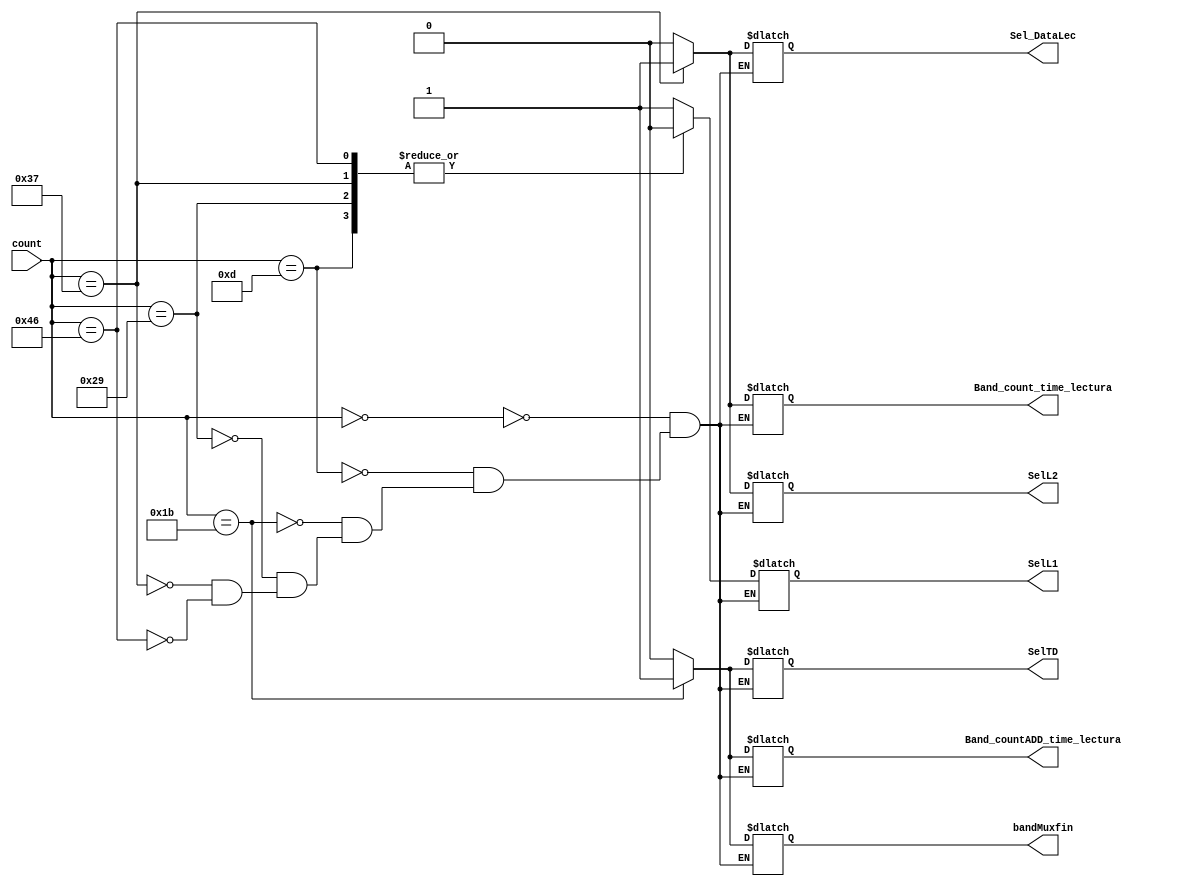
`timescale 1ns / 1ps
//////////////////////////////////////////////////////////////////////////////////
// Company: 
// Engineer: 
// 
// Design Name: 
// Module Name:    Deco_FSM_lectura 
// Project Name: 
// Target Devices: 
// Tool versions: 
// Description: 
//
// Dependencies: 
//
// Revision: 
// Revision 0.01 - File Created
// Additional Comments: 
//
//////////////////////////////////////////////////////////////////////////////////
module Deco_FSM_lectura
(
input [6:0] count,
//input reset,
//input EnR, 
output SelL1,//Para el control del mdulo Mux encontrado en el exterior
output  SelL2,
output  Band_countADD_time_lectura,//habilitara el contador que establece los parmetros de AD/CS/WR/RD/ para ADD
output  Band_count_time_lectura,//Establece los parametros de AD/CS/WR/RD/ para lectura
output  Sel_DataLec,//Manda configuracion de RD,CS,WR Y AD a RTC para leer
//output  MuxTrans,
//output MuxTransOut,
output  SelTD,//selecciona tiempos de direccion
output bandMuxfin);
//output  Count_Transfer);

reg  SelL1act,Band_countADD_time_lecturaact, SelTDact,Band_count_time_lecturaact,Sel_DataLecact,SelL2act;
reg 	MuxTransOutact;
reg bandMuxfinac;
 /*  
always@*
if (reset) begin
			Band_countADD_time_lecturaact = 0;
			SelTDact = 1'b0;
			SelL1act = 1'b0;
			Band_count_time_lecturaact = 1'b0;
			Sel_DataLecact= 1'b0; 
			SelL2act = 1'b0;
			Count_Transferact = 1'b0;end
*/
always@*
begin
	case(count)
	////Aqui se ejecuta el comando de transferencia///
			7'd0: begin
						//Count_Transferact <= 1'b1;
						//MuxTransact <= 1'b1;
						SelL1act <= 1'b1;
						//MuxTransOutact <=1'b1;
						Band_countADD_time_lecturaact <= 1'b0;
						SelTDact <= 1'b0;
						Band_count_time_lecturaact <= 1'b0;
						Sel_DataLecact<= 1'b0; 
						SelL2act <= 1'b0;
							bandMuxfinac<=1'b0;
						end
					
			7'd13:
				begin
						//Count_Transferact <= 1'b0;
						//MuxTransact <=1'b0;
						SelL1act <= 1'b0;
						Band_countADD_time_lecturaact <= 1'b0;
						SelTDact <= 1'b0;
						//MuxTransOutact<= 1'b0;
						Band_count_time_lecturaact <= 1'b0;
						Sel_DataLecact<= 1'b0; 
						SelL2act <= 1'b0;
							bandMuxfinac<=1'b0;
						end
					
						
			7'd27:
				begin	
						Band_countADD_time_lecturaact <= 1;
						SelTDact <= 1'b1;//Habilita direccion 
						SelL1act <= 1'b1;//Manda direccion a RTC
						//Count_Transferact <= 1'b0;
						//MuxTransact <=1'b0;
						Sel_DataLecact<= 1'b0; 
						SelL2act <= 1'b0;
						//MuxTransOutact<=1'b0;
						Band_count_time_lecturaact <= 1'b0;
						bandMuxfinac<=1'b1;
						
						end
		
						
			7'd41:
				begin
						Band_countADD_time_lecturaact <=1'b0;
						SelTDact <= 1'b0;//Habilita direccion 
						SelL1act <= 1'b0;
						Band_count_time_lecturaact <= 1'b0;
						Sel_DataLecact<= 1'b0; 
						SelL2act <= 1'b0;
						//MuxTransOutact<=1'b0;
						//MuxTransact <=1'b0;
						//Count_Transferact <= 1'b0;
							bandMuxfinac<=1'b0;
						end
					
			
						
									
			7'd55:
				begin
						Band_count_time_lecturaact <= 1'b1;
						Sel_DataLecact<= 1'b1; 
						SelL2act <= 1'b1;//Habilita datos de entrada, Manda datos a VGA
						//Count_Transferact <= 1'b0;
						//MuxTransact <=1'b0;
						Band_countADD_time_lecturaact <= 1'b0;
						SelTDact <= 1'b0; 
						SelL1act <= 1'b0;
						//MuxTransOutact<=1'b0;
							bandMuxfinac<=1'b0;
						end
			
										
			7'd70:begin
						Band_count_time_lecturaact <= 1'b0;
						Sel_DataLecact<= 1'b0; 
						SelL2act <= 1'b0;
						//Count_Transferact <= 1'b0;
						//MuxTransact <=1'b0;
						Band_countADD_time_lecturaact <= 1'b0;
						SelTDact <= 1'b0;
						SelL1act <= 1'b0;
						//MuxTransOutact <=1'b0;
							bandMuxfinac<=1'b0;
						
						end
			
			default : begin
					SelL1act<= SelL1act;
					SelL2act<= SelL2act;
					Band_countADD_time_lecturaact<= Band_countADD_time_lecturaact;
					Band_count_time_lecturaact<= Band_count_time_lecturaact;
					Sel_DataLecact<= Sel_DataLecact;
					//MuxTransact<= MuxTransact;
					SelTDact<= SelTDact;
					//Count_Transferact<= Count_Transferact;
					//MuxTransOutact <= MuxTransOutact;
					bandMuxfinac <=bandMuxfinac;
					end
					
		endcase
	
end

assign	SelL1 = SelL1act;
assign	SelL2 = SelL2act;
assign	Band_countADD_time_lectura = Band_countADD_time_lecturaact;
assign	Band_count_time_lectura = Band_count_time_lecturaact;
assign	Sel_DataLec = Sel_DataLecact;
//assign	MuxTrans = MuxTransact;
assign	SelTD = SelTDact;
//assign	Count_Transfer = Count_Transferact;
//assign  MuxTransOut =MuxTransOutact;
assign 	bandMuxfin =	bandMuxfinac;
		
endmodule